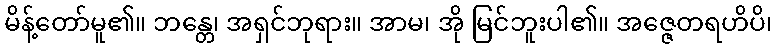
မိန့်တော်မူ၏။ ဘန္တေ၊ အရှင်ဘုရား။ အာမ၊ အို မြင်ဘူးပါ၏။ အဇ္ဇေတရဟိပိ၊